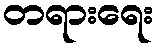
တရားရေး